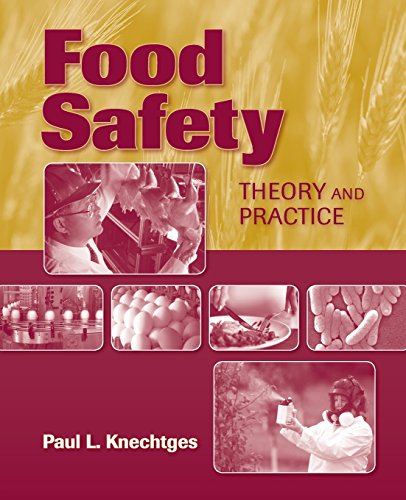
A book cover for Food Safety: Theory And Practice; Paul L Knechtges; Health, Fitness & Dieting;